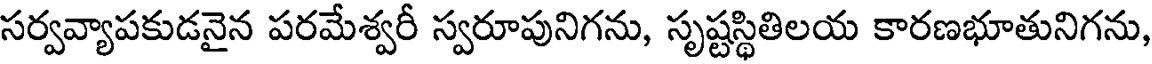
సర్వవ్యాపకుడనైన పరమేశ్వరీ స్వరూపునిగను, సృష్టస్థితిలయ కారణభూతునిగను,